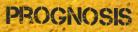
PROGNOSIS